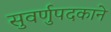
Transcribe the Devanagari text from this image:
सुवर्णुपदकाने